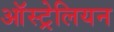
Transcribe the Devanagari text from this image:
आॅस्ट्रेलियन